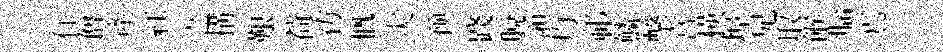
住僧産紅之搆艱荷彷慨灾预踐脱澦灼祁鱗擊宮楧埠兄取餱𦛁焉